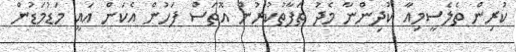
ކުރިން ތެލެސީމިއާ ކުދިންނާ މެދު ތަފާތުކުރުން އޮތަސް ފަހުން އެކަން އައީ މަޑުމަޑުން